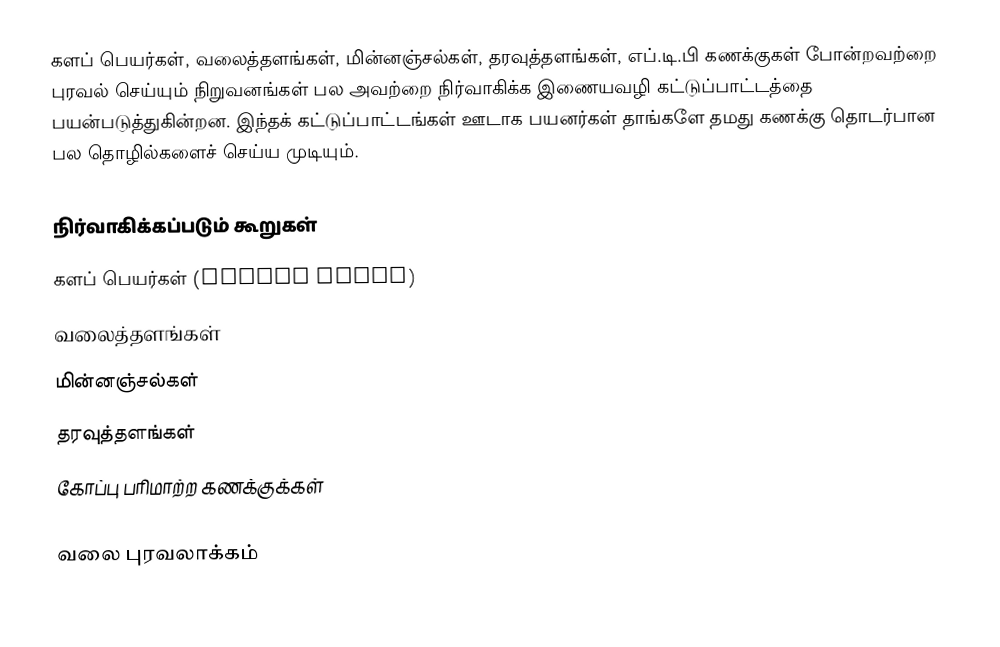
களப் பெயர்கள், வலைத்தளங்கள், மின்னஞ்சல்கள், தரவுத்தளங்கள், எப்.டி.பி கணக்குகள் போன்றவற்றை புரவல் செய்யும் நிறுவனங்கள் பல அவற்றை நிர்வாகிக்க இணையவழி கட்டுப்பாட்டத்தை பயன்படுத்துகின்றன. இந்தக் கட்டுப்பாட்டங்கள் ஊடாக பயனர்கள் தாங்களே தமது கணக்கு தொடர்பான பல தொழில்களைச் செய்ய முடியும்.

நிர்வாகிக்கப்படும் கூறுகள்
 களப் பெயர்கள் (Domain Names)
 வலைத்தளங்கள்
 மின்னஞ்சல்கள்
 தரவுத்தளங்கள்
 கோப்பு பரிமாற்ற கணக்குக்கள்

வலை புரவலாக்கம்